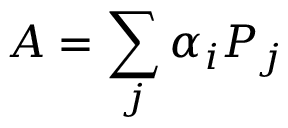
A = \sum _ { j } \alpha _ { i } P _ { j }